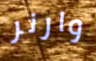
وارنر